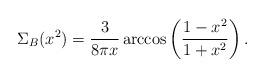
LaTeX: \begin{align*}\Sigma_B(x^2)=\frac{3}{8\pi x} \arccos\left( \frac{1-x^2}{1+x^2} \right) .\end{align*}